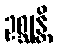
ဥစ္ဆုန္တိ